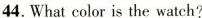
44.What color is the watch?